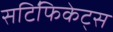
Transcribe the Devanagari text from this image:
सटि॔फिकेट्स